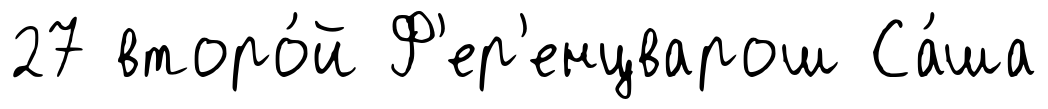
27 второ́й Ф'ер'енцварош Са́ша